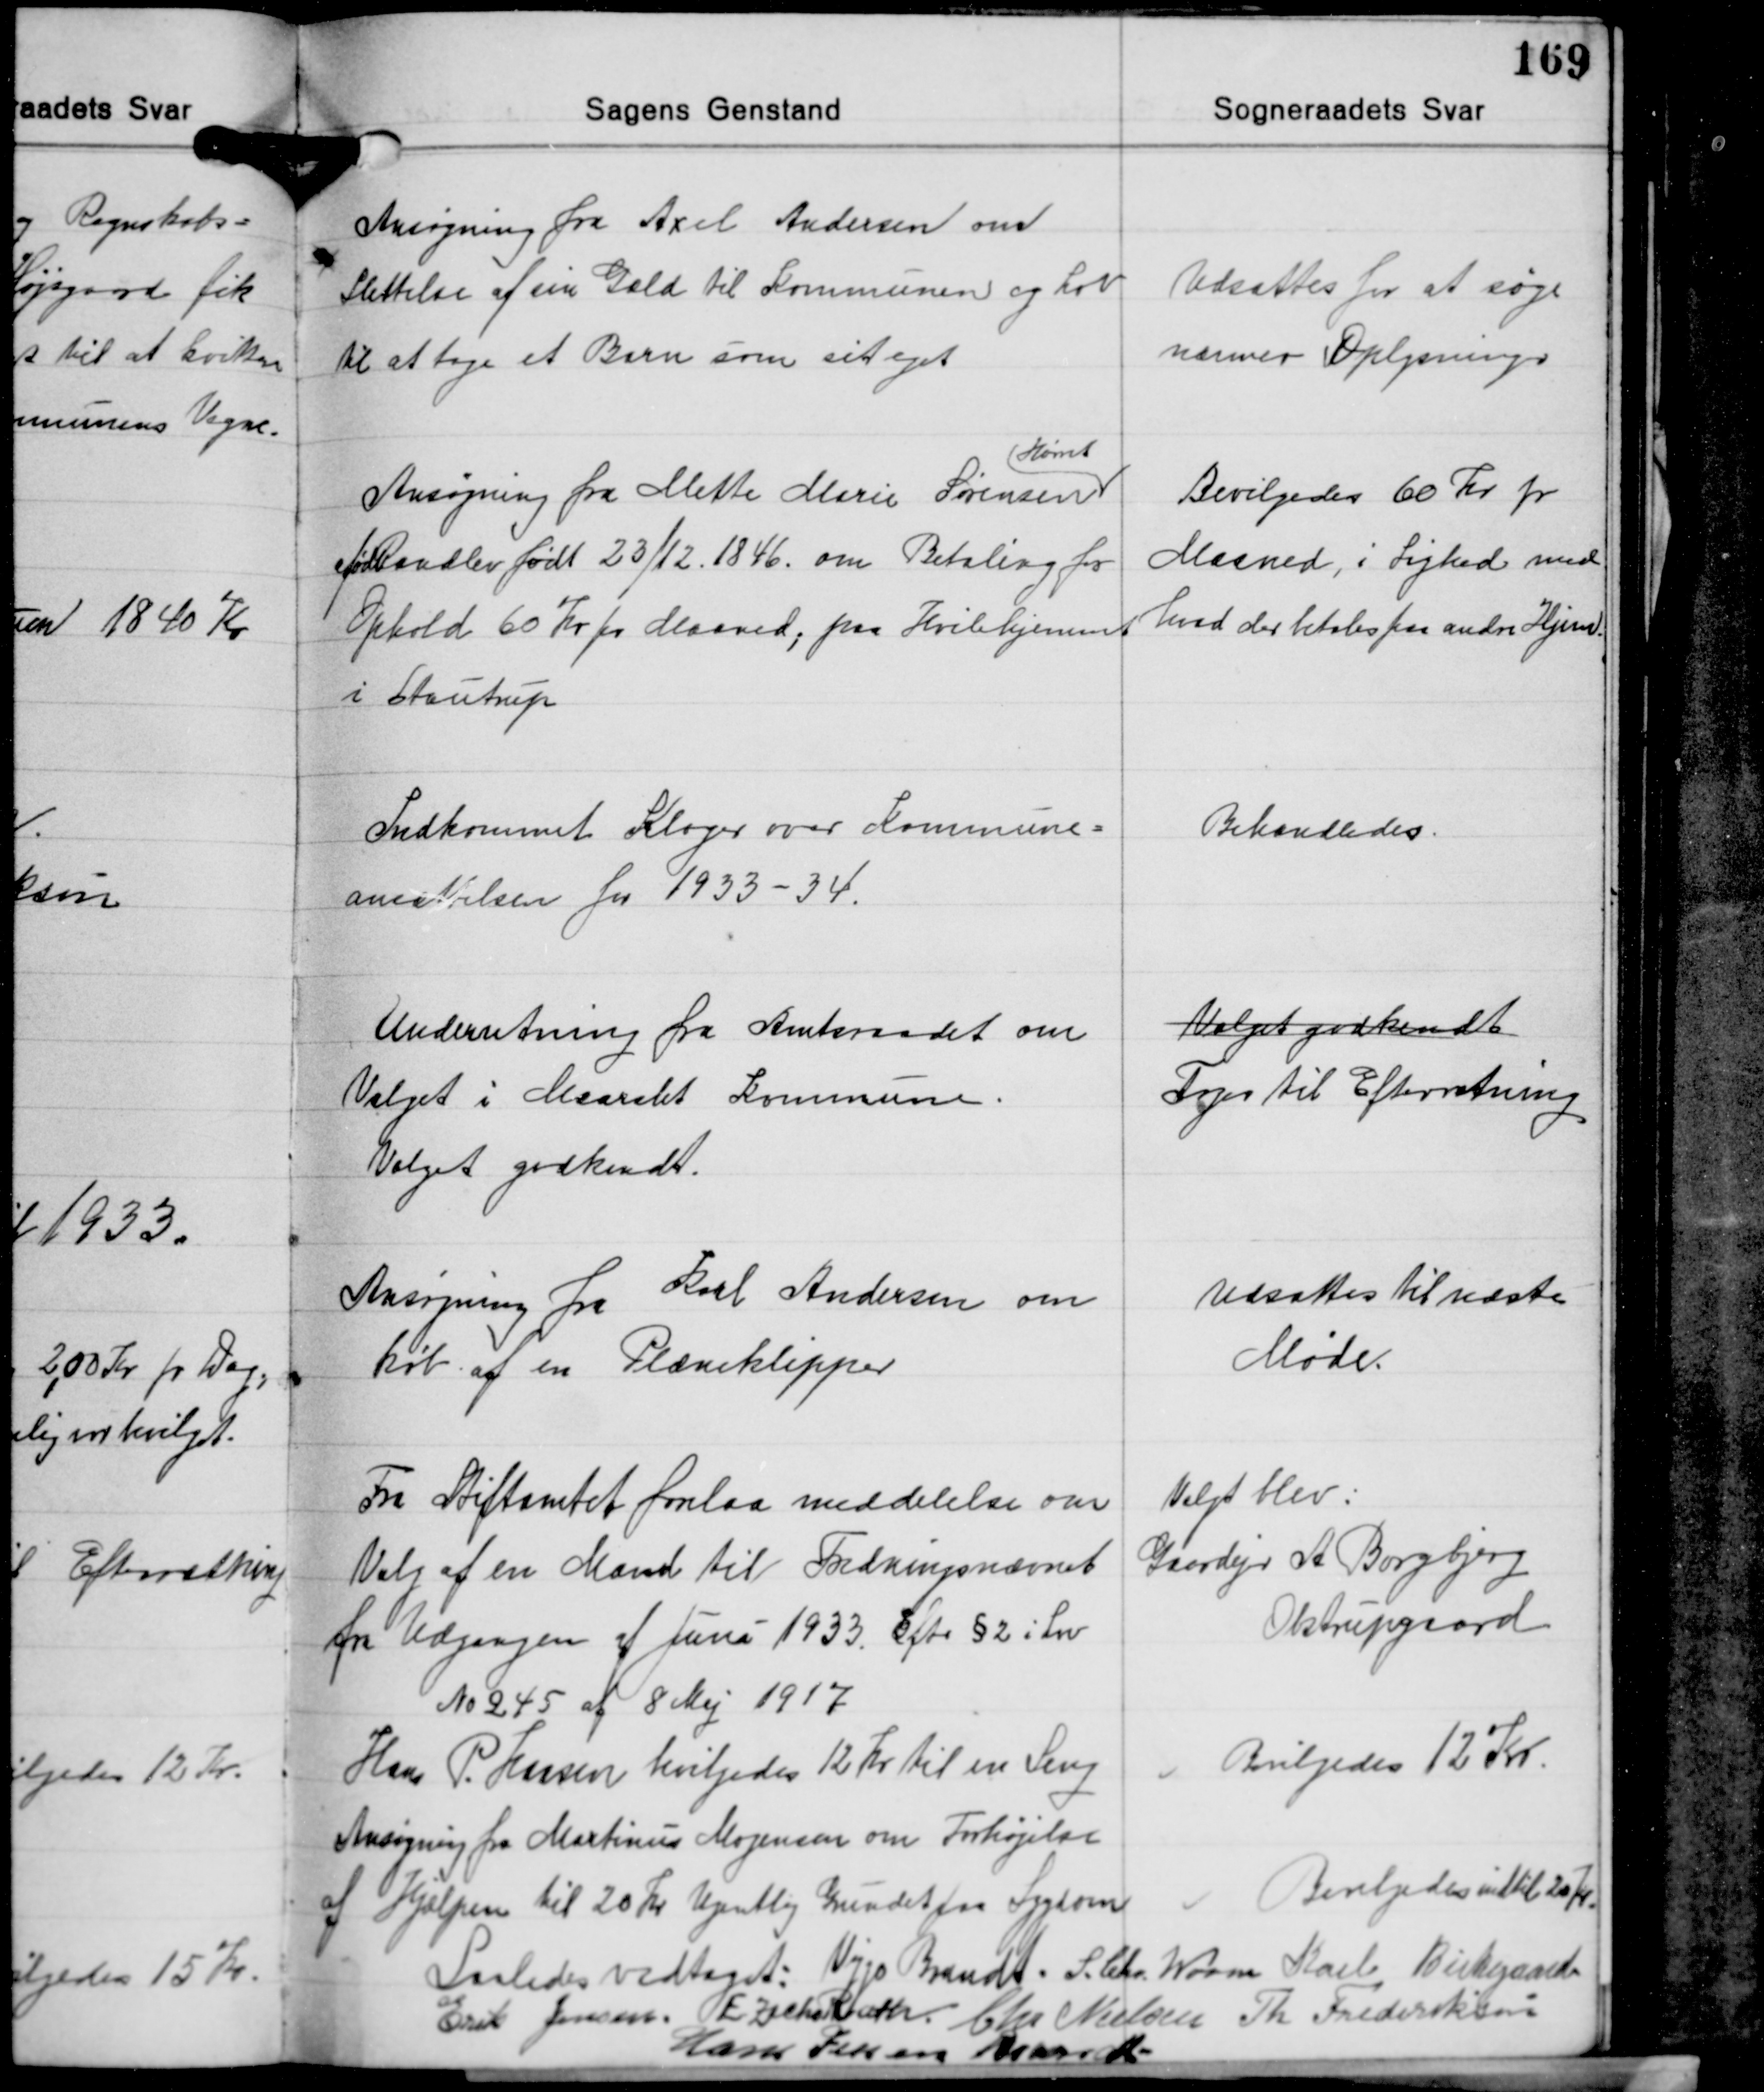
Transskription:
Ansøgning fra Axel Andersen om
Slettelse af sin Gæld til Kommunen og Lov
til at tage et Barn som sit eget

Udsattes for at søge
nærmer Oplysninger

Hørret
Ansøgning fra Mette Marie Sørensen
født Raadlev født 23/12 1846, om Betaling for
Ophold 60 Kr. pr. Maaned, paa Hvilehjemmet
i Stautrup

Bevilgedes 60 Kr. pr.
Maaned, i Lighed med
hvad der betales paa andre Hjem

Indkommet Klager over Kommune-
ansætelsen for 1933-34.

Behandledes.

Underretning fra Amtsraadet om
Valget i Maarslet Kommune.
Valget godkendt.

Valget godkendt
Toges til Efterretning

Ansøgning fra Karl Andersen om
køb af en Plæneklipper

Udsattes til næste
Møde.

Fra Stiftamtet forelaa meddelelse om
Valg af en Mand til Fredningsnævnet
fra Udgangen af Juni 1933. Efte § 2 i Lov
No 245 af 8 Maj 1917
Hans P. Larsen bevilgedes 12 Kr til en Seng
Ansøgning fra Martinus Mogensen om Forhøjelse
af Hjælpen til 20 Kr Ugentlig Grundet paa Sygdom

Valgt blev:
Gaardejer A. Borgbjerg
Obstrupgaard

Bvilgedes 12 Kr.

Bevilgedes indtil 20 Kr.

Saaledes vedtaget: Viggo Brandt S. Chr. Worm Karl Birkegaard
Erik Jensen E. Zacho Rath Chr. Nielsen Th. Frederiksen
Hans Jessen Brandt